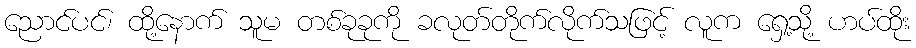
ညောင်ပင်၊ ထို့နောက် သူမ တစ်ခုခုကို ခလုတ်တိုက်လိုက်သဖြင့် လူက ရှေ့သို့ ဟပ်ထိုး